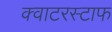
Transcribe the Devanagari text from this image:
क्वाटरस्टाफ